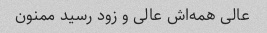
عالی همه‌اش عالی و زود رسید ممنون